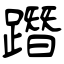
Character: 𨅔